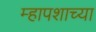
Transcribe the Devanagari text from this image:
म्हापशाच्या